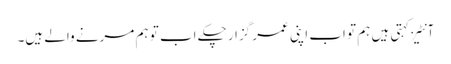
آنٹیز کہتی ہیں ہم تو اب اپنی عمر گزار چکے اب تو ہم مرنے والے ہیں۔